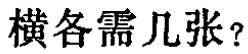
横各需几张？